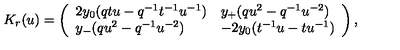
K _ { r } ( u ) = \left( \begin{array} { l l } { 2 y _ { 0 } ( q t u - q ^ { - 1 } t ^ { - 1 } u ^ { - 1 } ) } & { y _ { + } ( q u ^ { 2 } - q ^ { - 1 } u ^ { - 2 } ) } \\ { y _ { - } ( q u ^ { 2 } - q ^ { - 1 } u ^ { - 2 } ) } & { - 2 y _ { 0 } ( t ^ { - 1 } u - t u ^ { - 1 } ) } \\ \end{array} \right) ,